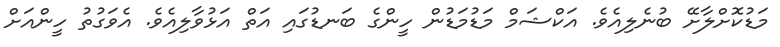
މަޑުކޮށްލާށޭ ބުނެލިއެވެ. އަކްޝަމް މަޑުމަޑުން ހީންގެ ބަނޑުގައި އަތް އަޅުވާލިއެވެ. އެވަގުތު ހީންއަށް